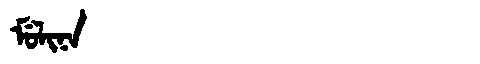
Manchu: ᠮᡠᠯᡳᠨᠠ
Romanization: MULINA